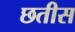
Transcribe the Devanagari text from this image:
छतीस